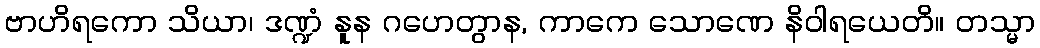
ဗာဟိရကော သိယာ၊ ဒဏ္ဍံ နူန ဂဟေတွာန, ကာကေ သောဏေ နိဝါရယေတိ။ တသ္မာ